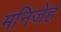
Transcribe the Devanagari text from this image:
मनिजेह